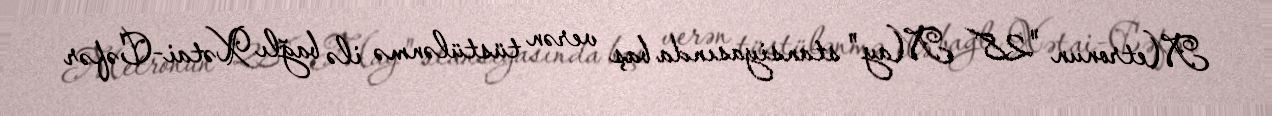
Metronun "28 May" stansiyasında baş verən tüstülənmə ilə bağlı Xətai-Cəfər